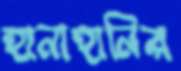
হানাহানির